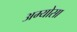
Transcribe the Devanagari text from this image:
अम्योसा